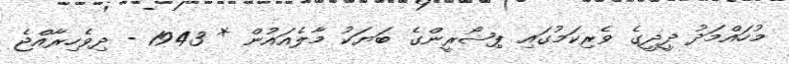
މުހައްމަދު ދީދީގެ ވެރިކަމުގައި ޕިޝޯރީންގެ ބަޔަކު މާލެއައުން * 1943 - ދިވެހިރާއްޖެ